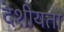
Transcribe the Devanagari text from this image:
देशीयता